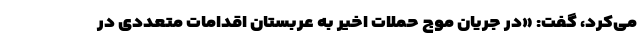
می‌کرد، گفت: «در جریان موج حملات اخیر به عربستان اقدامات متعددی در